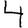
Digit: 4